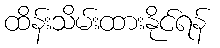
ထိန်းသိမ်းထားနိုင်ရန်